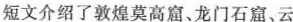
短文介绍了敦煌莫高窟、龙门石窟、云